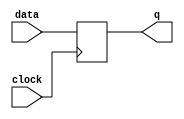
module level_sensitive_latch (
  input clock,
  input data,
  output reg q
);

always @(posedge clock) begin
  q <= data; // Capture input data on clock rising edge
end

endmodule